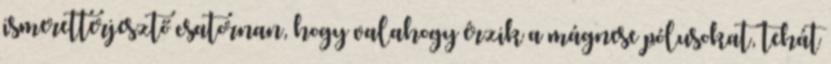
ismeretterjesztő csatornan, hogy valahogy érzik a mágnese pólusokat, tehát